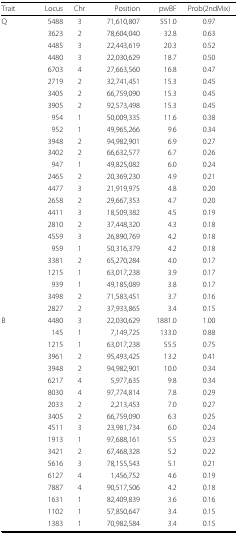
<table><thead><tr><td><b>Trait</b></td><td><b> Locus</b></td><td><b>Chr</b></td><td><b>Position</b></td><td><b>pwBF</b></td><td><b>Prob(2ndMix)</b></td></tr></thead><tbody><tr><td>Q</td><td>5488</td><td>3</td><td>71,610,807</td><td>551.0</td><td>0.97</td></tr><tr><td></td><td>3623</td><td>2</td><td>78,604,040</td><td>32.8</td><td>0.63</td></tr><tr><td></td><td>4485</td><td>3</td><td>22,443,619</td><td>20.3</td><td>0.52</td></tr><tr><td></td><td>4480</td><td>3</td><td>22,030,629</td><td>18.7</td><td>0.50</td></tr><tr><td></td><td>6703</td><td>4</td><td>27,663,560</td><td>16.8</td><td>0.47</td></tr><tr><td></td><td>2719</td><td>2</td><td>32,741,451</td><td>15.3</td><td>0.45</td></tr><tr><td></td><td>3405</td><td>2</td><td>66,759,090</td><td>15.3</td><td>0.45</td></tr><tr><td></td><td>3905</td><td>2</td><td>92,573,498</td><td>15.3</td><td>0.45</td></tr><tr><td></td><td>954</td><td>1</td><td>50,009,335</td><td>11.6</td><td>0.38</td></tr><tr><td></td><td>952</td><td>1</td><td>49,965,266</td><td>9.6</td><td>0.34</td></tr><tr><td></td><td>3948</td><td>2</td><td>94,982,901</td><td>6.9</td><td>0.27</td></tr><tr><td></td><td>3402</td><td>2</td><td>66,632,577</td><td>6.7</td><td>0.26</td></tr><tr><td></td><td>947</td><td>1</td><td>49,825,082</td><td>6.0</td><td>0.24</td></tr><tr><td></td><td>2465</td><td>2</td><td>20,369,230</td><td>4.9</td><td>0.21</td></tr><tr><td></td><td>4477</td><td>3</td><td>21,919,975</td><td>4.8</td><td>0.20</td></tr><tr><td></td><td>2658</td><td>2</td><td>29,667,353</td><td>4.7</td><td>0.20</td></tr><tr><td></td><td>4411</td><td>3</td><td>18,509,382</td><td>4.5</td><td>0.19</td></tr><tr><td></td><td>2810</td><td>2</td><td>37,448,320</td><td>4.3</td><td>0.18</td></tr><tr><td></td><td>4559</td><td>3</td><td>26,890,769</td><td>4.2</td><td>0.18</td></tr><tr><td></td><td>959</td><td>1</td><td>50,316,379</td><td>4.2</td><td>0.18</td></tr><tr><td></td><td>3381</td><td>2</td><td>65,270,284</td><td>4.0</td><td>0.17</td></tr><tr><td></td><td>1215</td><td>1</td><td>63,017,238</td><td>3.9</td><td>0.17</td></tr><tr><td></td><td>939</td><td>1</td><td>49,185,089</td><td>3.8</td><td>0.17</td></tr><tr><td></td><td>3498</td><td>2</td><td>71,583,451</td><td>3.7</td><td>0.16</td></tr><tr><td></td><td>2827</td><td>2</td><td>37,933,865</td><td>3.4</td><td>0.15</td></tr><tr><td>B</td><td>4480</td><td>3</td><td>22,030,629</td><td>1881.0</td><td>1.00</td></tr><tr><td></td><td>145</td><td>1</td><td>7,149,725</td><td>133.0</td><td>0.88</td></tr><tr><td></td><td>1215</td><td>1</td><td>63,017,238</td><td>55.5</td><td>0.75</td></tr><tr><td></td><td>3961</td><td>2</td><td>95,493,425</td><td>13.2</td><td>0.41</td></tr><tr><td></td><td>3948</td><td>2</td><td>94,982,901</td><td>10.0</td><td>0.34</td></tr><tr><td></td><td>6217</td><td>4</td><td>5,977,635</td><td>9.8</td><td>0.34</td></tr><tr><td></td><td>8030</td><td>4</td><td>97,774,814</td><td>7.8</td><td>0.29</td></tr><tr><td></td><td>2033</td><td>2</td><td>2,213,453</td><td>7.0</td><td>0.27</td></tr><tr><td></td><td>3405</td><td>2</td><td>66,759,090</td><td>6.3</td><td>0.25</td></tr><tr><td></td><td>4511</td><td>3</td><td>23,981,734</td><td>6.0</td><td>0.24</td></tr><tr><td></td><td>1913</td><td>1</td><td>97,688,161</td><td>5.5</td><td>0.23</td></tr><tr><td></td><td>3421</td><td>2</td><td>67,468,328</td><td>5.2</td><td>0.22</td></tr><tr><td></td><td>5616</td><td>3</td><td>78,155,543</td><td>5.1</td><td>0.21</td></tr><tr><td></td><td>6127</td><td>4</td><td>1,456,752</td><td>4.6</td><td>0.19</td></tr><tr><td></td><td>7887</td><td>4</td><td>90,517,506</td><td>4.2</td><td>0.18</td></tr><tr><td></td><td>1631</td><td>1</td><td>82,409,839</td><td>3.6</td><td>0.16</td></tr><tr><td></td><td>1102</td><td>1</td><td>57,850,647</td><td>3.4</td><td>0.15</td></tr><tr><td></td><td>1383</td><td>1</td><td>70,982,584</td><td>3.4</td><td>0.15</td></tr></tbody></table>